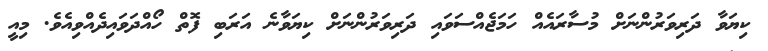
ކިޔަވާ ދަރިވަރުންނަށް މުސާރައެއް ހަމަޖެއްސަވައި ދަރިވަރުންނަށް ކިޔަވާނެ އަރަބި ފޮތް ހޯއްދަވައިދެއްވިއެވެ. މިއީ